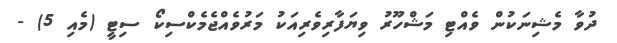
ދުވާ މެޝިނަކުން ވެއްޓި މަޝްހޫރު ވިޔަފާރިވެރިއަކު މަރުވެއްޖެމެކްސިކޯ ސިޓީ (މެއި 5) -